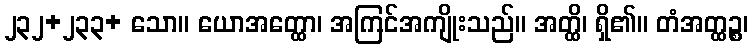
၂၃၂+၂၃၃+ သော။ ယောအတ္ထော၊ အကြင်အကျိုးသည်။ အတ္ထိ၊ ရှိ၏။ တံအတ္ထဉ္စ၊